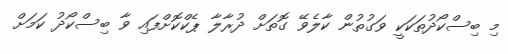
މި ބިސްކޯދުތަކަކީ ވަގުތުން ކާލެވޭ ގޮތަށް ދުރާލާ ޕެކްކޮށްފައި ވާ ބިސްކޯދު ކަމަށް